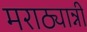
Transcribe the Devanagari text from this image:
मराठ्यान्नी